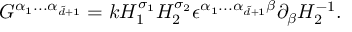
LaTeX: G ^ { \alpha _ { 1 } . . . \alpha _ { \tilde { d } + 1 } } = k H _ { 1 } ^ { \sigma _ { 1 } } H _ { 2 } ^ { \sigma _ { 2 } } \epsilon ^ { \alpha _ { 1 } . . . \alpha _ { \tilde { d } + 1 } \beta } \partial _ { \beta } H _ { 2 } ^ { - 1 } .